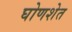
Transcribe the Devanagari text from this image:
घोणशेत